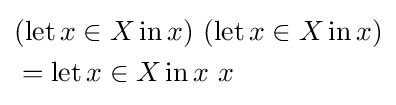
{\begin{aligned}&(\operatorname {let} x\in X\operatorname {in} x)\ (\operatorname {let} x\in X\operatorname {in} x)\\&=\operatorname {let} x\in X\operatorname {in} x\ x\end{aligned}}